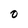
Character: 0